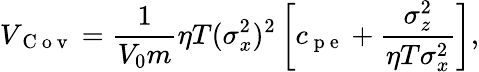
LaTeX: V_{\mathrm{~C~o~v~}}=\frac{1}{V_{0}m}\eta T(\sigma_{x}^{2})^{2}\left[c_{\mathrm{~p~e~}}+\frac{\sigma_{z}^{2}}{\eta T\sigma_{x}^{2}}\right],